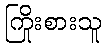
ကြိုးစားသူ